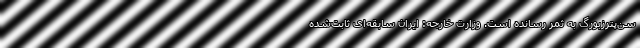
سن‌پترزبورگ به ثمر رسانده است. وزارت خارجه: ایران سابقه‌ای ثابت‌شده